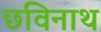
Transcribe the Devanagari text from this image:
छविनाथ